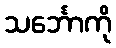
သင်္ဘောကို